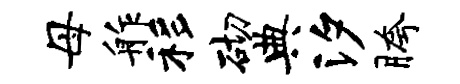
母舴移砌典汐胯